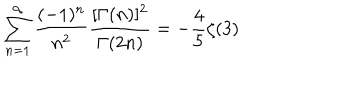
LaTeX: \sum _ { n = 1 } ^ { \infty } \frac { ( - 1 ) ^ { n } } { n ^ { 2 } } \frac { [ \Gamma ( n ) ] ^ { 2 } } { \Gamma ( 2 n ) } = - \frac { 4 } { 5 } \zeta ( 3 )